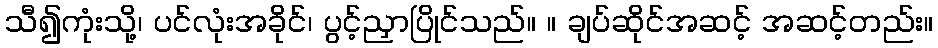
သီ၍ကုံးသို့၊ ပင်လုံးအခိုင်၊ ပွင့်ညှာပြိုင်သည်။ ။ ချပ်ဆိုင်အဆင့် အဆင့်တည်း။